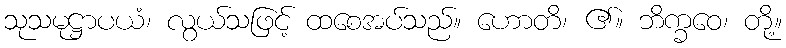
သုသမုဋ္ဌာပယံ၊ လွယ်သဖြင့် ထစေအပ်သည်။ ဟောတိ၊ ၏။ ဘိက္ခဝေ၊ တို့။